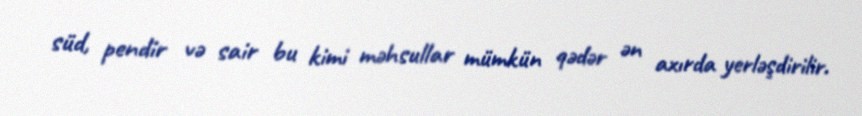
süd, pendir və sair bu kimi məhsullar mümkün qədər ən axırda yerləşdirilir.